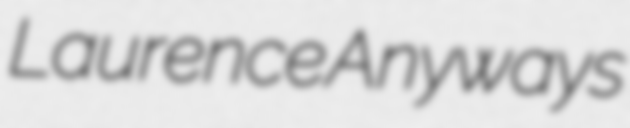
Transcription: Laurence Anyways